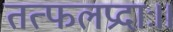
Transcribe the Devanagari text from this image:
तत्फलप्रदाः।।